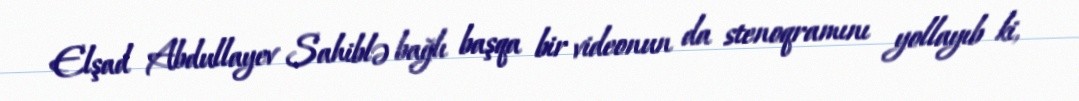
Elşad Abdullayev Sahiblə bağlı başqa bir videonun da stenoqramını yollayıb ki,